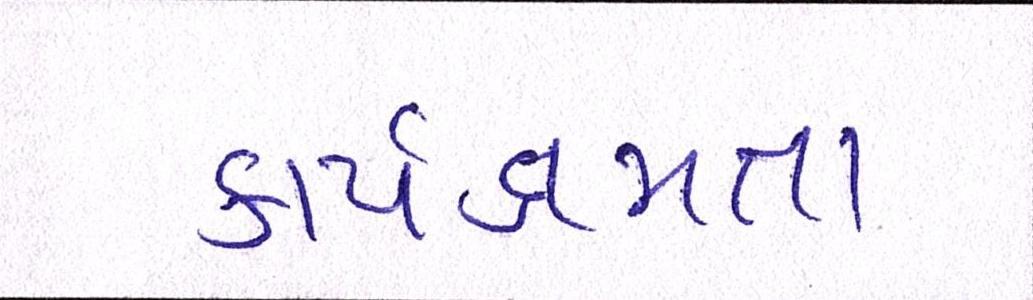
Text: કાર્યક્ષમતા